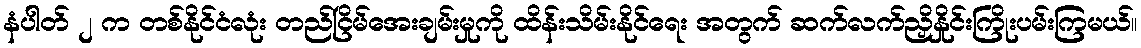
နံပါတ် ၂ က တစ်နိုင်ငံလုံး တည်ငြိမ်အေးချမ်းမှုကို ထိန်းသိမ်းနိုင်ရေး အတွက် ဆက်လက်ညှိနှိုင်းကြိုးပမ်းကြမယ်။